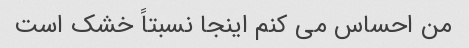
من احساس می کنم اینجا نسبتاً خشک است